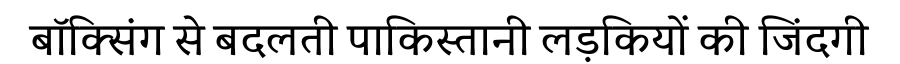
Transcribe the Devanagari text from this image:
बॉक्सिंग से बदलती पाकिस्तानी लड़कियों की जिंदगी